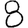
Digit: 8